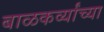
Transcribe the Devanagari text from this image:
बाळकर्व्यांच्या